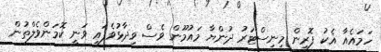
ހަމައެއާ އެކު ފޮރިން މިނިސްޓަރު ދުންޔާ މައުމޫން ވެސް ވިދާޅުވެފައި ވަނީ ކޮމަންވެލްތުން